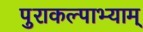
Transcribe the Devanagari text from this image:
पुराकल्पाभ्याम्